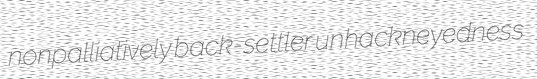
nonpalliatively back-settler unhackneyedness